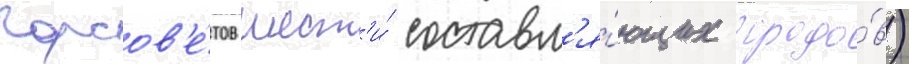
горсов'е́тов шест'и́ составл'я́ющих городо́в)